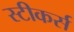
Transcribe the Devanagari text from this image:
स्टीकर्स